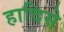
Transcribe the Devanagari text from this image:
हादिसे